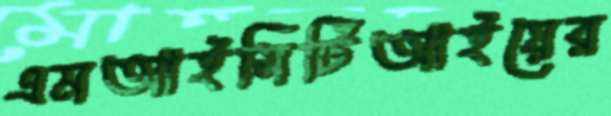
এমআইসিটিআইয়ের